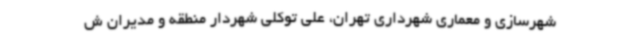
شهرسازی و معماری شهرداری تهران، علی توکلی شهردار منطقه و مدیران ش